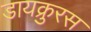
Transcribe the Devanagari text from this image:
डायक्रुरस